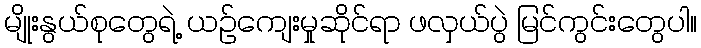
မျိုးနွယ်စုတွေရဲ့ ယဉ်ကျေးမှုဆိုင်ရာ ဖလှယ်ပွဲ မြင်ကွင်းတွေပါ။